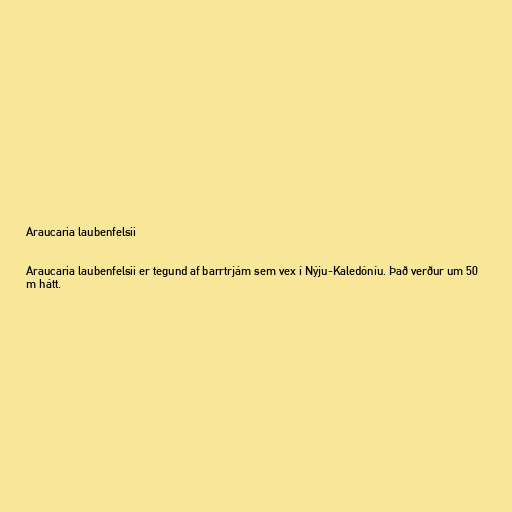
Araucaria laubenfelsii

Araucaria laubenfelsii er tegund af barrtrjám sem vex í Nýju-Kaledóníu. Það verður um 50
m hátt.